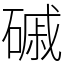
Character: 磩